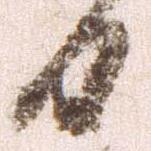
日